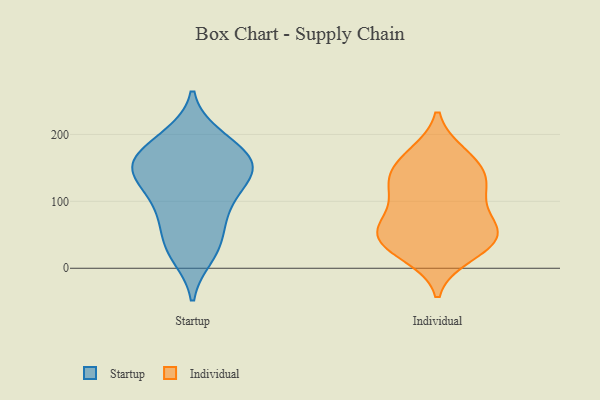
{"axis": {"x": "Energy Usage (MWh)", "y": "Value"}, "legend": ["Individual", "Startup"], "data": [{"x": "", "y": 22, "type": "Startup"}, {"x": "", "y": 112, "type": "Startup"}, {"x": "", "y": 155, "type": "Startup"}, {"x": "", "y": 52, "type": "Startup"}, {"x": "", "y": 184, "type": "Startup"}, {"x": "", "y": 159, "type": "Startup"}, {"x": "", "y": 80, "type": "Startup"}, {"x": "", "y": 151, "type": "Startup"}, {"x": "", "y": 198, "type": "Startup"}, {"x": "", "y": 45, "type": "Startup"}, {"x": "", "y": 146, "type": "Startup"}, {"x": "", "y": 194, "type": "Startup"}, {"x": "", "y": 155, "type": "Startup"}, {"x": "", "y": 143, "type": "Startup"}, {"x": "", "y": 18, "type": "Startup"}, {"x": "", "y": 96, "type": "Startup"}, {"x": "", "y": 103, "type": "Startup"}, {"x": "", "y": 148, "type": "Startup"}, {"x": "", "y": 151, "type": "Individual"}, {"x": "", "y": 20, "type": "Individual"}, {"x": "", "y": 165, "type": "Individual"}, {"x": "", "y": 125, "type": "Individual"}, {"x": "", "y": 128, "type": "Individual"}, {"x": "", "y": 170, "type": "Individual"}, {"x": "", "y": 54, "type": "Individual"}, {"x": "", "y": 40, "type": "Individual"}, {"x": "", "y": 125, "type": "Individual"}, {"x": "", "y": 107, "type": "Individual"}, {"x": "", "y": 65, "type": "Individual"}, {"x": "", "y": 59, "type": "Individual"}, {"x": "", "y": 71, "type": "Individual"}, {"x": "", "y": 40, "type": "Individual"}, {"x": "", "y": 31, "type": "Individual"}]}